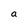
Character: a